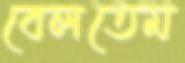
বেলতেম